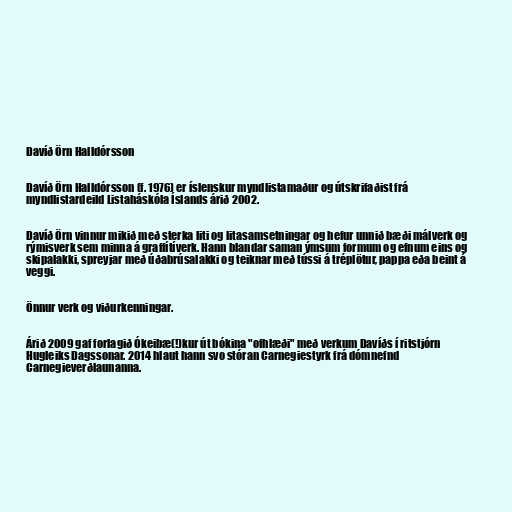
Davíð Örn Halldórsson

Davíð Örn Halldórsson (f. 1976) er íslenskur myndlistamaður og útskrifaðist frá
myndlistardeild Listaháskóla Íslands árið 2002.

Davíð Örn vinnur mikið með sterka liti og litasamsetningar og hefur unnið bæði málverk og
rýmisverk sem minna á graffítíverk. Hann blandar saman ýmsum formum og efnum eins og
skipalakki, spreyjar með úðabrúsalakki og teiknar með tússi á tréplötur, pappa eða beint á
veggi.

Önnur verk og viðurkenningar.

Árið 2009 gaf forlagið Ókeibæ(!)kur út bókina "ofhlæði" með verkum Davíðs í ritstjórn
Hugleiks Dagssonar. 2014 hlaut hann svo stóran Carnegiestyrk frá dómnefnd
Carnegieverðlaunanna.